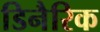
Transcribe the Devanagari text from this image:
डिनैरिक